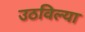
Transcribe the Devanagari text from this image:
उठविल्या